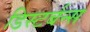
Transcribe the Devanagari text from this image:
डिस्टर्बन्स